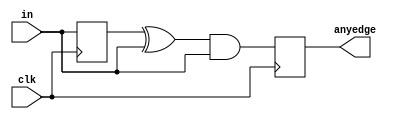
module top_module (
    input clk,
    input [7:0] in,
    output reg [7:0] anyedge
);
    reg [7:0] in_reg;

    always @(posedge clk)
    begin
        anyedge <= (in_reg ^ in) & in;   // Detects any edge
        in_reg <= in;
    end
    
endmodule